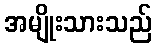
အမျိုးသားသည်